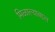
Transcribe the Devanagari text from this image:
मिळाल्याबद्दल